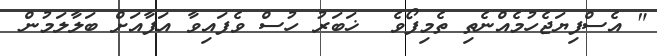
" އެސްފިޔަޖެހުމެއްނެތި ތެމިފޯވެ  ޚަބަރު ހުސް ވެފައިވާ އަފާއަށް ބަލާލަމުން